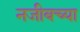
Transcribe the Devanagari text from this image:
नजीबच्या